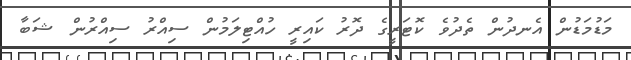
މަޑުމަޑުން އެނދުން ތެދުވެ ކޮޓަރީގެ ދޮރު ކައިރީ ހުއްޓިލަމުން ސިއްރު ސިއްރުން ޝަބާ